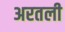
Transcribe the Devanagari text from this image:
अरतली